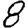
Digit: 8